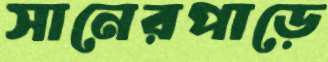
সানেরপাড়ে